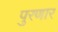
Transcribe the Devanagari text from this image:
पुरणार